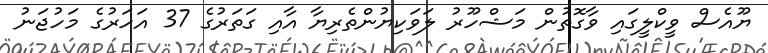
ޔޫއެސް ވީކްލީގައި ވާގޮތުން މަޝްހޫރު ލަވަކިޔުންތެރިޔާ އާއި ގަތަރުގެ 37 އަހަރުގެ މަހުޖަނު